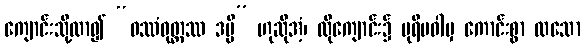
ကျောင်းသို့လာ၍ “ဝဿံဝုတ္ထဿ ဒမ္မိ” ဟုဆိုအံ့၊ ထိုကျောင်း၌ ပုရိမဝါမှ ကောင်းစွာ ထသော